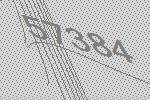
57384